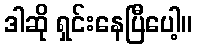
ဒါဆို ရှင်းနေပြီပေါ့။